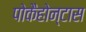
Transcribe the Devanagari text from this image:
पोकैहोन्टास